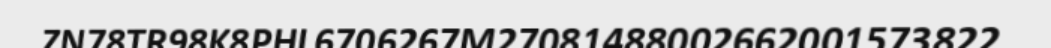
ZN78TR98K8PHL6706267M27081488002662001573822